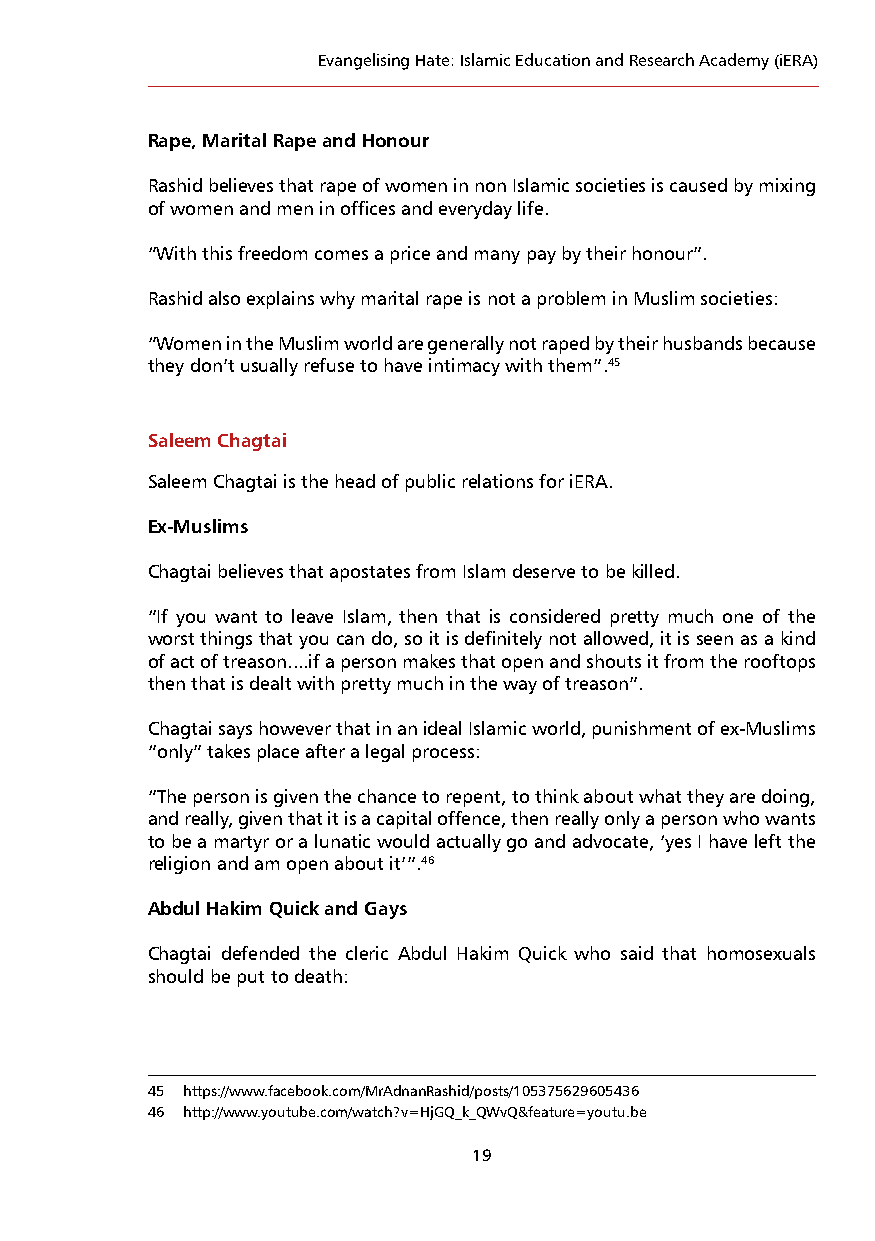
Evangelising Hate: Islamic Education and Research Academy (iERA)
 Rape, Marital Rape and Honour
 Rashid believes that rape of women in non Islamic societies is caused by mixing
 of women and men in offices and everyday life.
 “With this freedom comes a price and many pay by their honour”.
 Rashid also explains why marital rape is not a problem in Muslim societies:
 “Women in the Muslim world are generally not raped by their husbands because
 they don’t usually refuse to have intimacy with them”.45
 Saleem Chagtai
 Saleem Chagtai is the head of public relations for iERA.
 Ex-Muslims
 Chagtai believes that apostates from Islam deserve to be killed.
 “If you want to leave Islam, then that is considered pretty much one of the
 worst things that you can do, so it is definitely not allowed, it is seen as a kind
 of act of treason....if a person makes that open and shouts it from the rooftops
 then that is dealt with pretty much in the way of treason”.
 Chagtai says however that in an ideal Islamic world, punishment of ex-Muslims
 “only” takes place after a legal process:
 “The person is given the chance to repent, to think about what they are doing,
 and really, given that it is a capital offence, then really only a person who wants
 to be a martyr or a lunatic would actually go and advocate, ‘yes I have left the
 religion and am open about it’”.46
 Abdul Hakim Quick and Gays
 Chagtai defended the cleric Abdul Hakim Quick who said that homosexuals
 should be put to death:
 45 https://www.facebook.com/MrAdnanRashid/posts/105375629605436
 46 http://www.youtube.com/watch?v=HjGQ_k_QWvQ&feature=youtu.be
 19